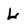
Character: L